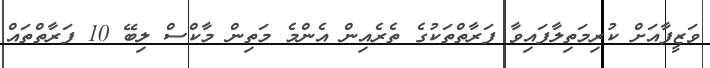
ވަޒީފާއަށް ކުރިމަތިލާފައިވާ ފަރާތްތަކުގެ ތެރެއިން އެންމެ މަތިން މާކްސް ލިބޭ 10 ފަރާތްތައް